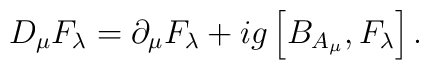
D_\mu F_{\lambda}=\partial_\mu F_{\lambda}+ig\left[B_{A_\mu},F_{\lambda}\right].